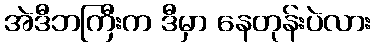
အဲဒီဘကြီးက ဒီမှာ နေတုန်းပဲလား